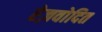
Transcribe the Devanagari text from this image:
रेज़वोदित